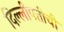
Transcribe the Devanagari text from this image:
दिल्लीपतीची